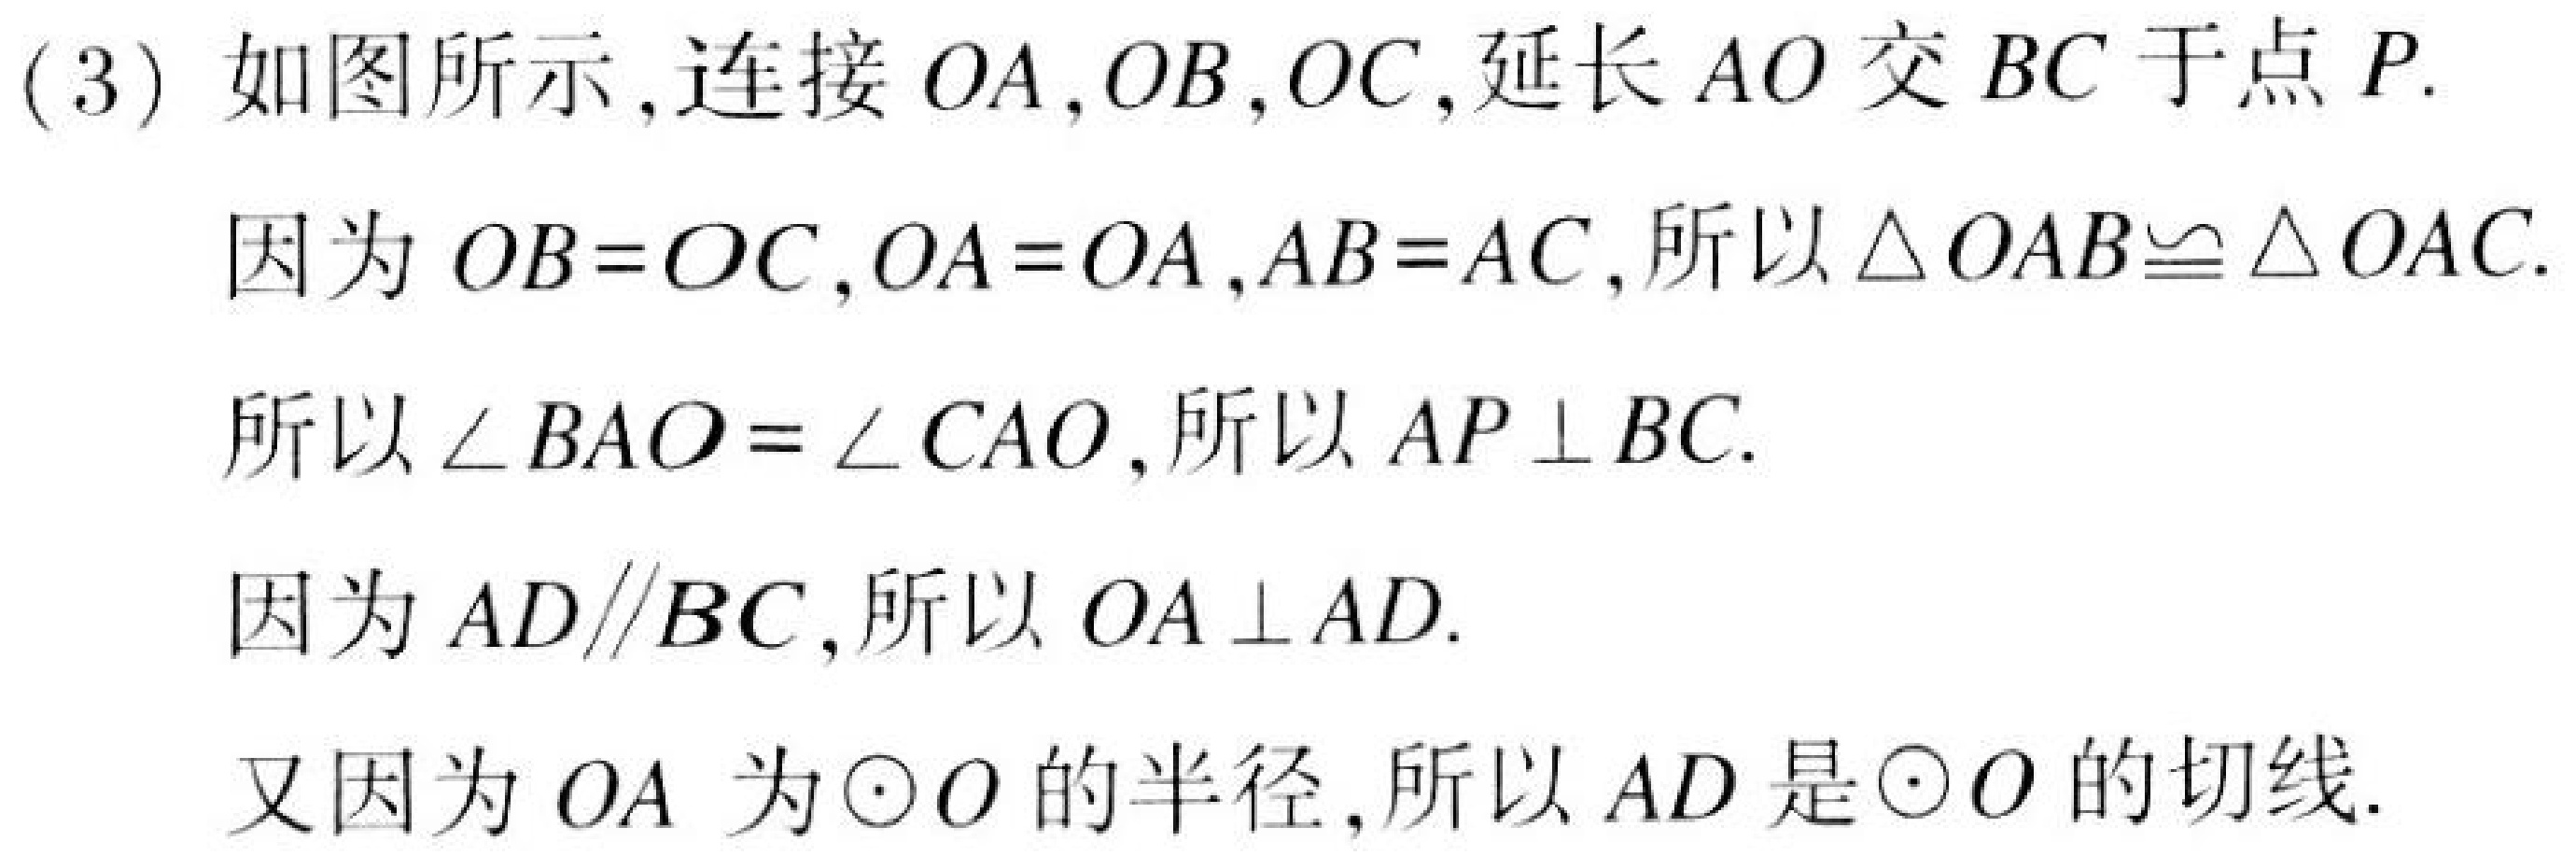
(3) 如图所示,连接 \(OA,OB,OC\),延长 \(AO\) 交 \(BC\) 于点 \(P\).
因为 \(OB = OC\), \(OA = OA\), \(AB = AC\),所以 \(\triangle OAB\cong\triangle OAC\).
所以 \(\angle BAO=\angle CAO\),所以 \(AP\perp BC\).
因为 \(AD\parallel BC\),所以 \(OA\perp AD\).
又因为 \(OA\) 为\(\odot O\) 的半径,所以 \(AD\) 是\(\odot O\) 的切线.